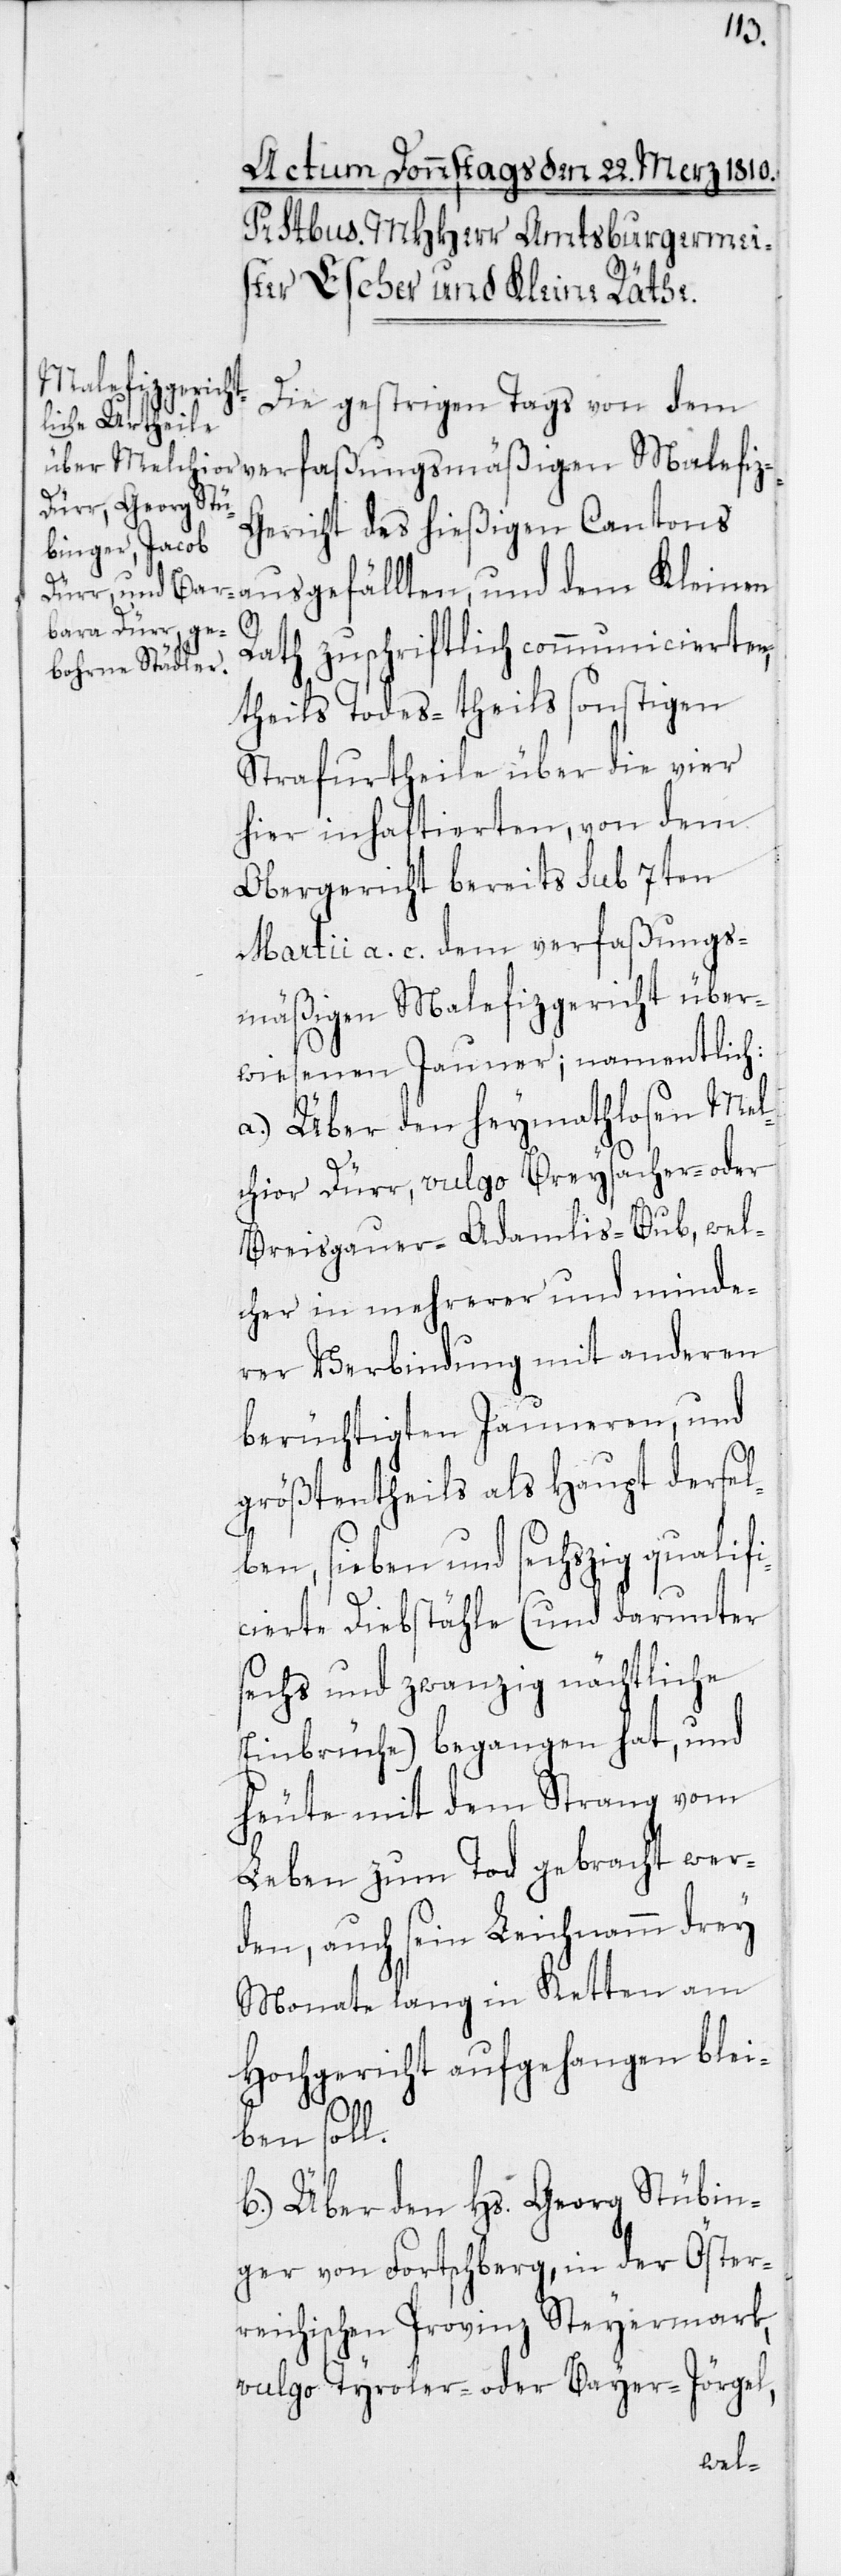
Malefiz-Gericht
Die gestrigen Tags von dem
Cantons ausgefällten, und dem Kleinen
Rath zuschriftlich communicierten,
theils Todes- theils sonstigen
Strafurtheile über die vier
hier inhaftierten, von dem
Obergericht bereits sub 7ten
Martii a. c. dem verfaßungs¬
mäßigen Malefizgericht über¬
wiesenen Jauner; namentlich:
a) Über den heymathlosen Mel¬
chior Dürr, vulgo Breysacher- oder
Breisgauer-Adamlis-Bub, wel¬
cher in mehrerer und minde¬
rer Verbindung mit anderen
berüchtigten Jauneren, und
größtentheils als Haupt dersel¬
ben, sieben und sechszig qualifi¬
cierte Diebstähle (und darunter
sechs und zwanzig nächtliche
Einbrüche) begangen hat, und
heute mit dem Strang vom
Leben zum Tod gebracht wer¬
den, auch sein Leichnamm drey
Monate lang in Ketten am
Hochgericht aufgehangen blei¬
ben soll.
b) Über den Hs. Georg Stübin¬
ger von Fortschberg, in der Öster¬
reichischen Provinz Steyermark,
vulgo Tyroler- oder Bayer-Jörgel,